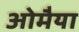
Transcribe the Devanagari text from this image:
ओमैया